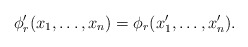
\begin{align*}\phi'_r(x_1,\ldots,x_n)=\phi_r(x'_1,\ldots,x'_n).\end{align*}